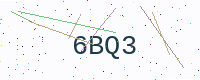
Text: 6BQ3